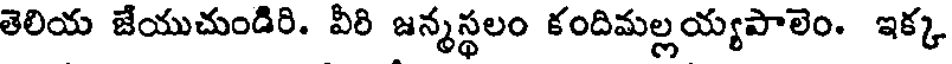
తెలియ జేయుచుండిరి. వీరి జన్మస్థలం కందిమల్లయ్యపాలెం. ఇక్క